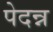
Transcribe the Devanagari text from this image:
पेदन्न